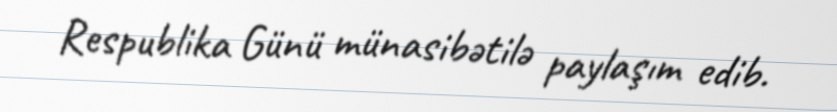
Respublika Günü münasibətilə paylaşım edib.